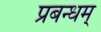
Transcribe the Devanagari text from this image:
प्रबन्धम्